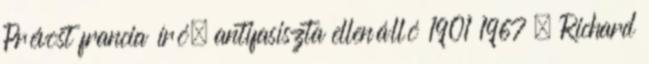
Prévost francia író, antifasiszta ellenálló 1901 1967 – Richard